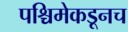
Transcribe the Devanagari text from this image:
पश्चिमेकडूनच